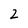
Character: 2